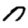
Digit: 0